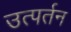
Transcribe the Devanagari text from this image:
उत्पर्तन